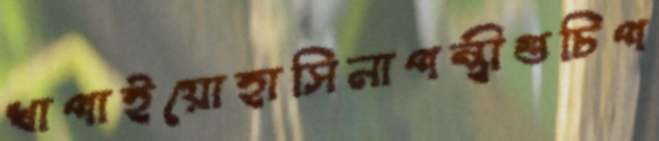
খাপাইয়োহাসিনাপন্থীগুচিপ